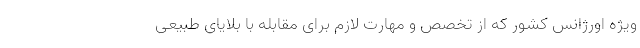
ویژه اورژانس کشور که از تخصص و مهارت لازم برای مقابله با بلایای طبیعی